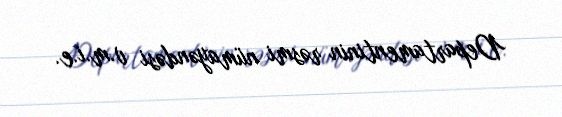
Departamentinin rəsmi nümayəndəsi v.m.i.e.